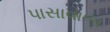
પાસાવાળા